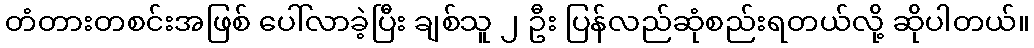
တံတားတစင်းအဖြစ် ပေါ်လာခဲ့ပြီး ချစ်သူ ၂ ဦး ပြန်လည်ဆုံစည်းရတယ်လို့ ဆိုပါတယ်။